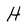
Character: H